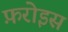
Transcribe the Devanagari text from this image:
फ़रोइस